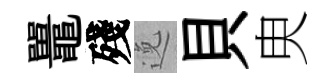
鼉殘𨓜貝㬰